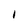
Character: 1